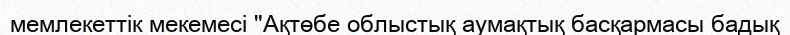
мемлекеттік мекемесі "Ақтөбе облыстық аумақтық басқармасы бадық